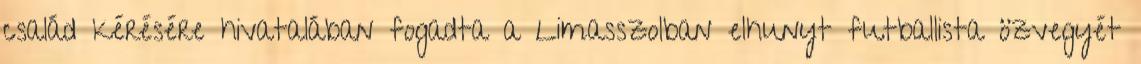
család kérésére hivatalában fogadta a Limasszolban elhunyt futballista özvegyét